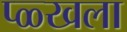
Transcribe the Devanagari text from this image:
प्ळ्खला